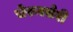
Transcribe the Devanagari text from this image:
चेरूस्सेरी